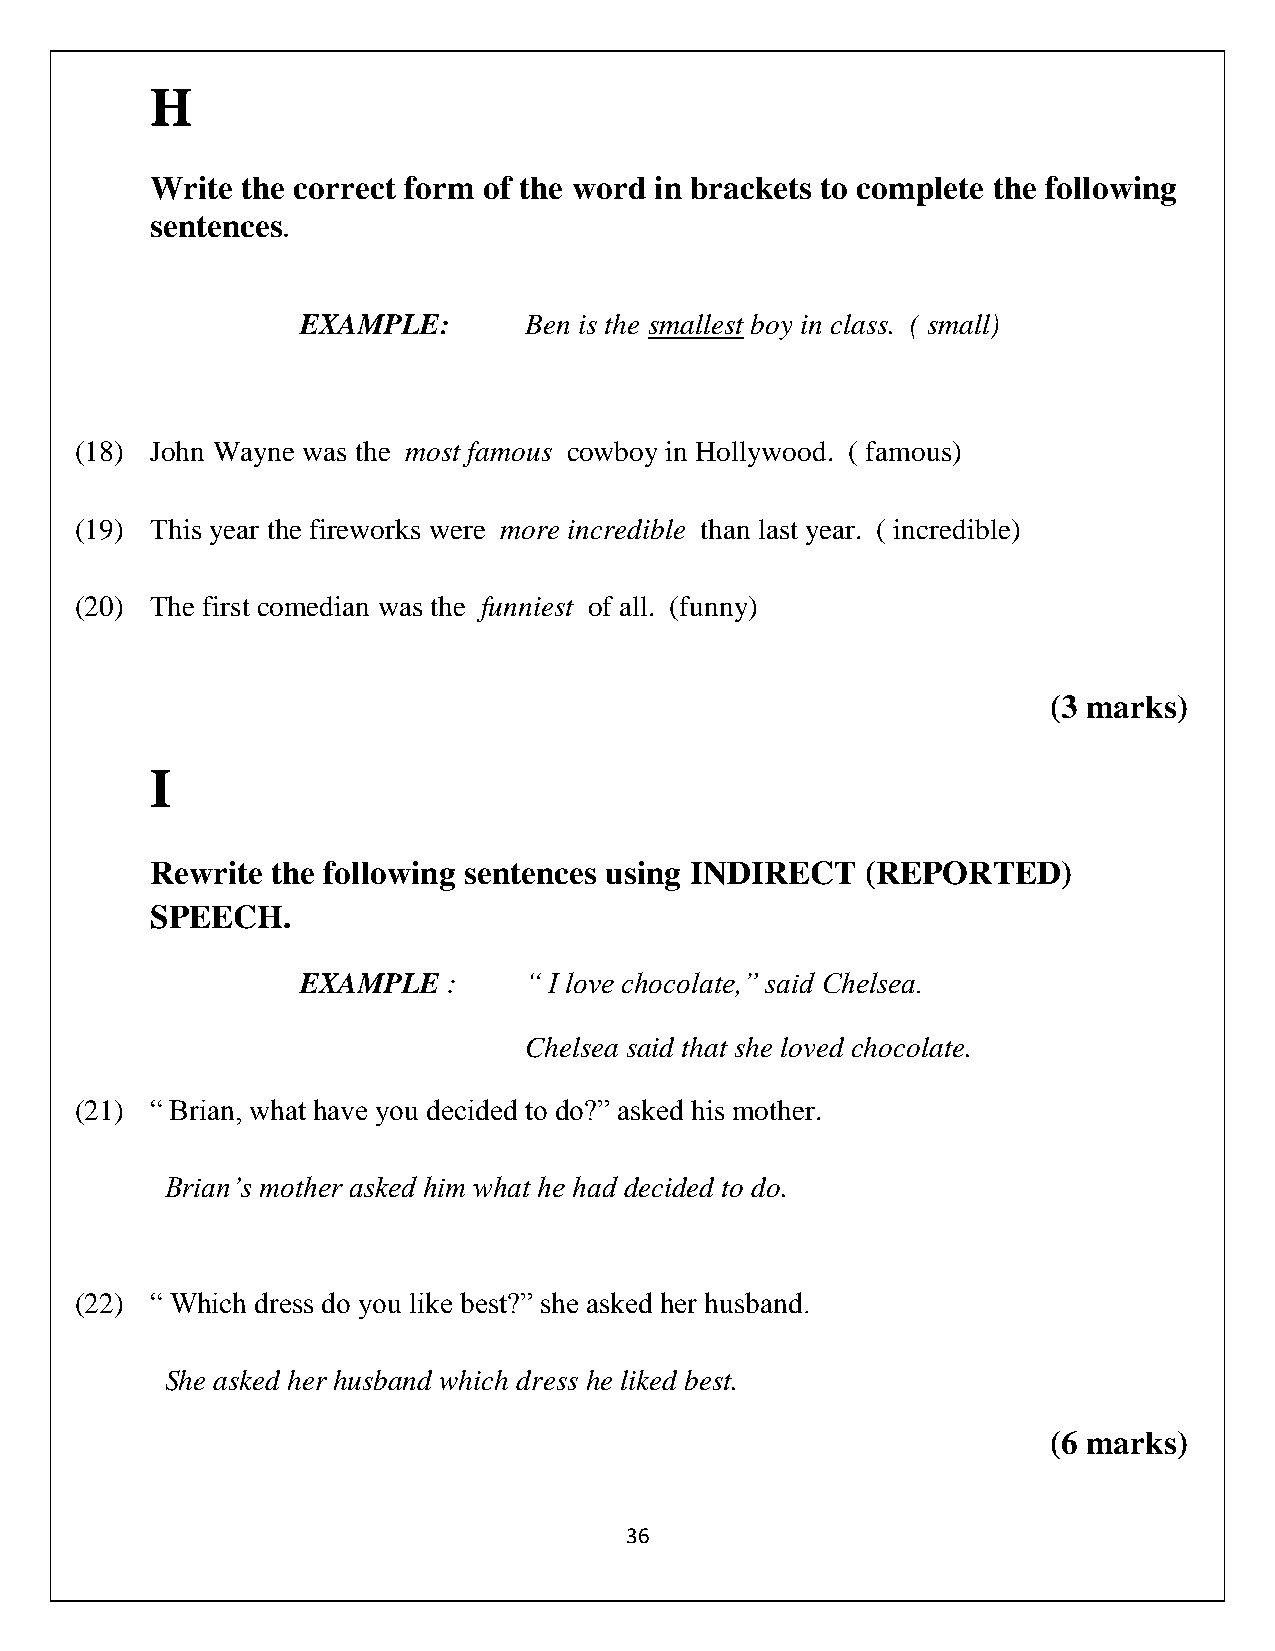
H
 Write the correct form of the word in brackets to complete the following
 sentences
 .
 EXAMPLE:       Ben is the smallest boy in class. ( small)
 (18) John Wayne was the most famous cowboy in Hollywood. ( famous)
 (19) This year the fireworks were more incredible than last year. ( incredible)
 (20) The first comedian was the funniest of all. (funny)
 (3 marks)
 I
 Rewrite the following sentences using INDIRECT (REPORTED)
 SPEECH.
 EXAMPLE   :    “ I love chocolate,” said Chelsea.
 Chelsea said that she loved chocolate.
 (21) “ Brian, what have you decided to do?” asked his mother.
 Brian’s mother asked him what he had decided to do.
 (22) “ Which dress do you like best?” she asked her husband.
 She asked her husband which dress he liked best.
 (6 marks)
 36